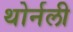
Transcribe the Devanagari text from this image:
थोर्नली